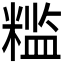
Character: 𬖮